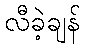
လီခဲ့ချန်